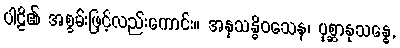
ပါဠိ၏ အစွမ်းဖြင့်လည်းကောင်း။ အနုသန္ဓိဝသေန၊ ပုစ္ဆာနုသန္ဓေ,